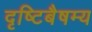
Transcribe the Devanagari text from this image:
दृष्टिबैषम्य